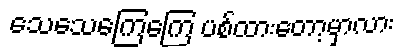
သေသေကြေကြေ ပစ်ထားတော့မှာလား